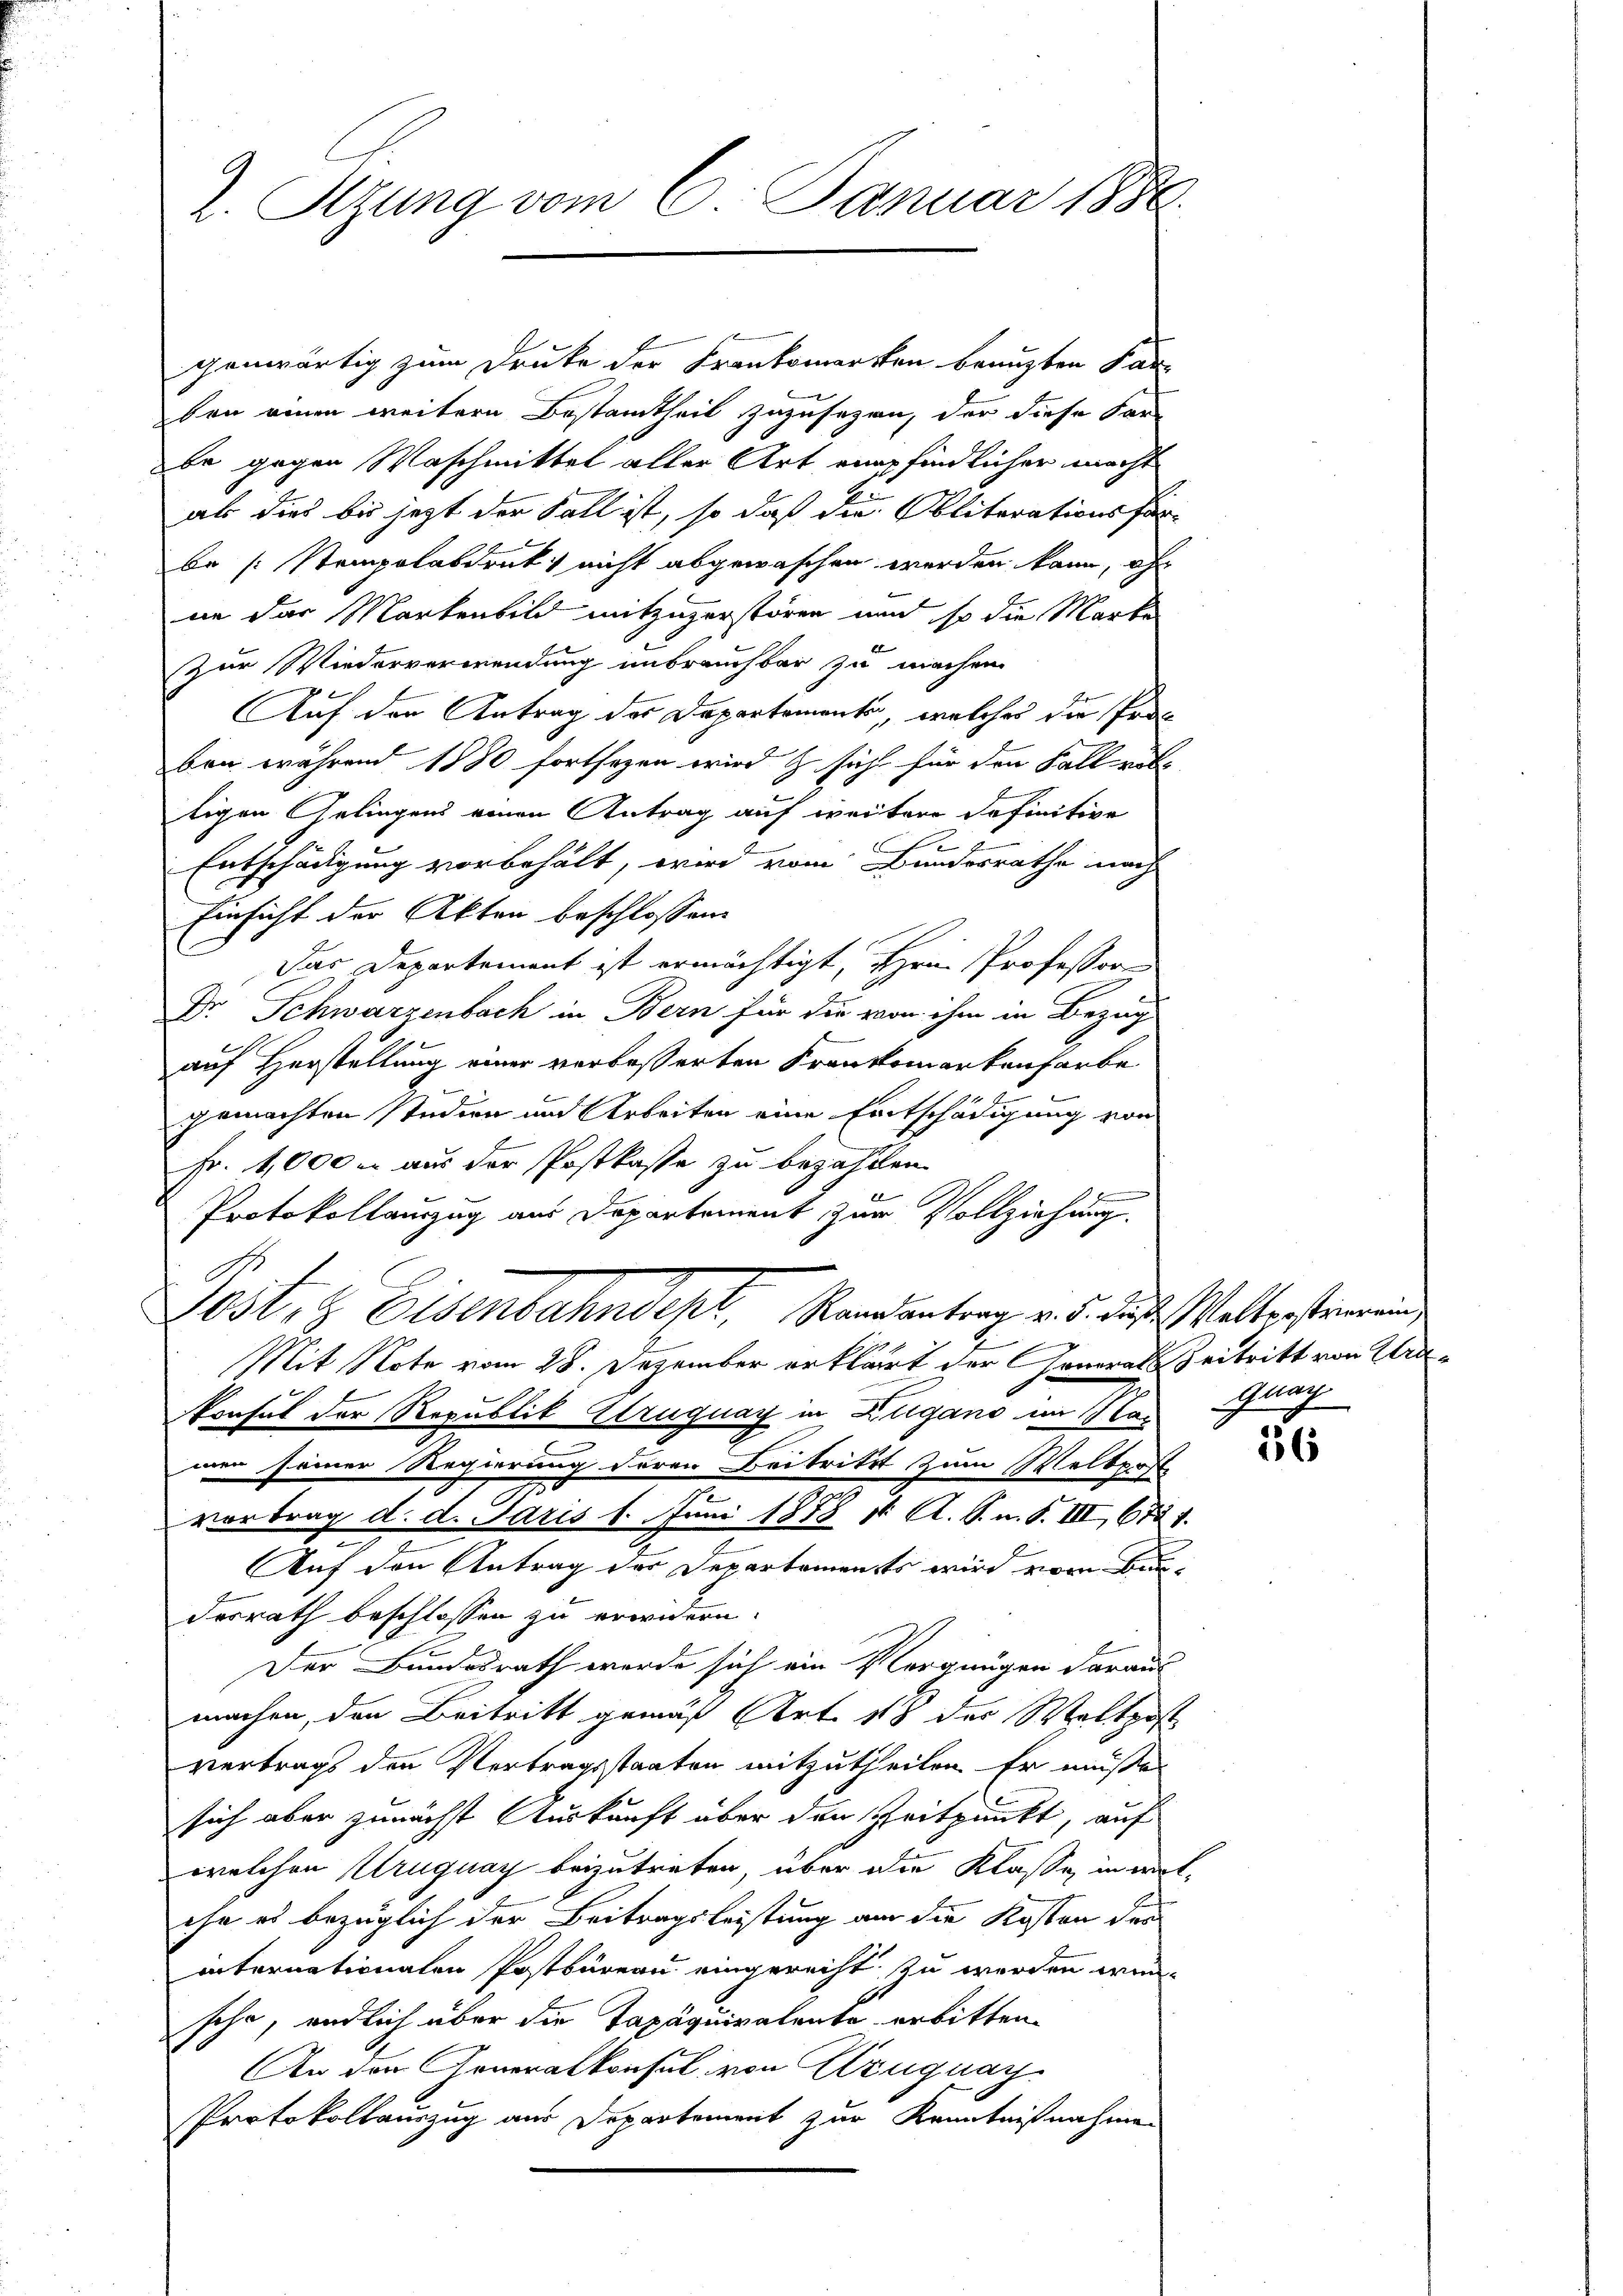
genwärtig zum Druke der Frankomerkten benuzten Parbon einen weitere Bestamtheit zuzusagen, der diese Far-
be gegen Waschmittel aller Art empfindlicher macht
als dies bis jetzt der Fall ist, so daß die Obliterationsfürbe [Stempolabdruck nicht abgewaschen werden kann, of
nn das Markenbild mitzugerstören und so die Marke
Zur Wiederverwendung unbrauchbar zu machen
Auf der Antrag des Departemente, welches die Proben während 1880 fortsagen wird & sicht für den Fall ritt
tigen Gelingens einen Antrag auf weitere Definitive
i
Entschädigung vorbehält, wird vom Bundesrathe nach
Einsicht der Akten beschlossen:
Das Departement ist ermächtigt, Hrn. Professoren
Dr. Schwarzenbach in Bern für die von ihm in Bezug
auf Herstellung einer verbesserten Krankomarkenfarbe
gemachten Studien und Arbeiten eine Entschädigung von
Fr. 4,000 aus der Postkasse zu bezahlen.
d
Protokollauszug aus Departement zur Vollziehung.
G
ost, 3 Eisenbahndept, Randantrag v. 5. des Walterstemeinde
Mit Note vom 28. Dezember erklärt der onerals Zeitritt von Wrakonsul der Republik Alruguay in Zugano im Mai Guag
men seiner Regierung deren Beitritt zum Weltposte
vortrag d. d. Jaris 1. Juni 1888 11. A. S. u. S. III 672. 1.
Auf den Antrag der Departements wird vom Bundesrath beschlossen zu erwidern.
Der Bundesrath werde sich ein Vergnügen daraus
machen, den Beitritt gemäß Art. 18 der Waltpost
vertrags den Vertragsstaaten mitzutheilen. Er müsse
sich aber zunächst Auskunft über den Zeitpunkt, auf
welchen Uruguay beizutreten, über die Klasse in welihe es bezüglich der Beitragsleistung an die Kosten des
internationalen Postbüreau eingerecht zu werden wur-
sche, endlich über die Tapäquiratente erbitten.
An den Generalkonsul von Kruguay
Protokollauszug aus Departement zur Kenntnißnahmen

2. Sizung vom 6. Januar 1880.

26